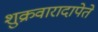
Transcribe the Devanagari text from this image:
शुक्रवारादापेते